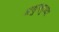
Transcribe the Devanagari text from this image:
असुनसुध्दा